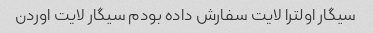
سیگار اولترا لایت سفارش داده بودم سیگار لایت اوردن